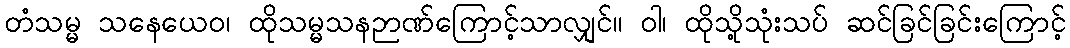
တံသမ္မ သနေယေဝ၊ ထိုသမ္မသနဉာဏ်ကြောင့်သာလျှင်။ ဝါ၊ ထိုသို့သုံးသပ် ဆင်ခြင်ခြင်းကြောင့်